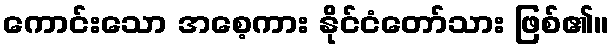
ကောင်းသော အစေ့ကား နိုင်ငံတော်သား ဖြစ်၏။